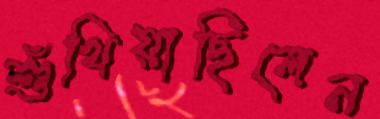
শুঁখিয়াছিলেন